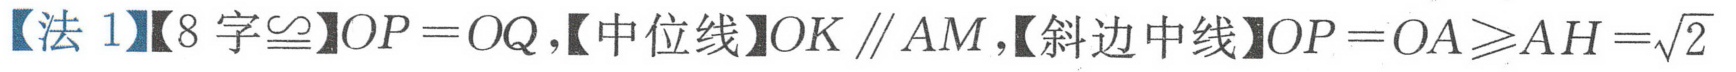
【法 1】【8 字\(\cong\)】\(OP = OQ\)，【中位线】\(OK \parallel AM\)，【斜边中线】\(OP = OA\geqslant AH=\sqrt{2}\)